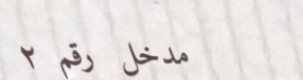
مدخل رقم ٢